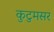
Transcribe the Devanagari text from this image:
कुटुमसर